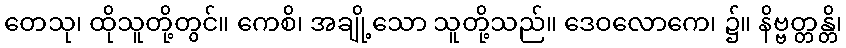
တေသု၊ ထိုသူတို့တွင်။ ကေစိ၊ အချို့သော သူတို့သည်။ ဒေဝလောကေ၊ ၌။ နိဗ္ဗတ္တန္တိ၊